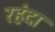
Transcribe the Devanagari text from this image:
रहंदा